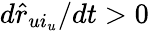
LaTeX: d\hat{r}_{ui_{u}}/dt>0